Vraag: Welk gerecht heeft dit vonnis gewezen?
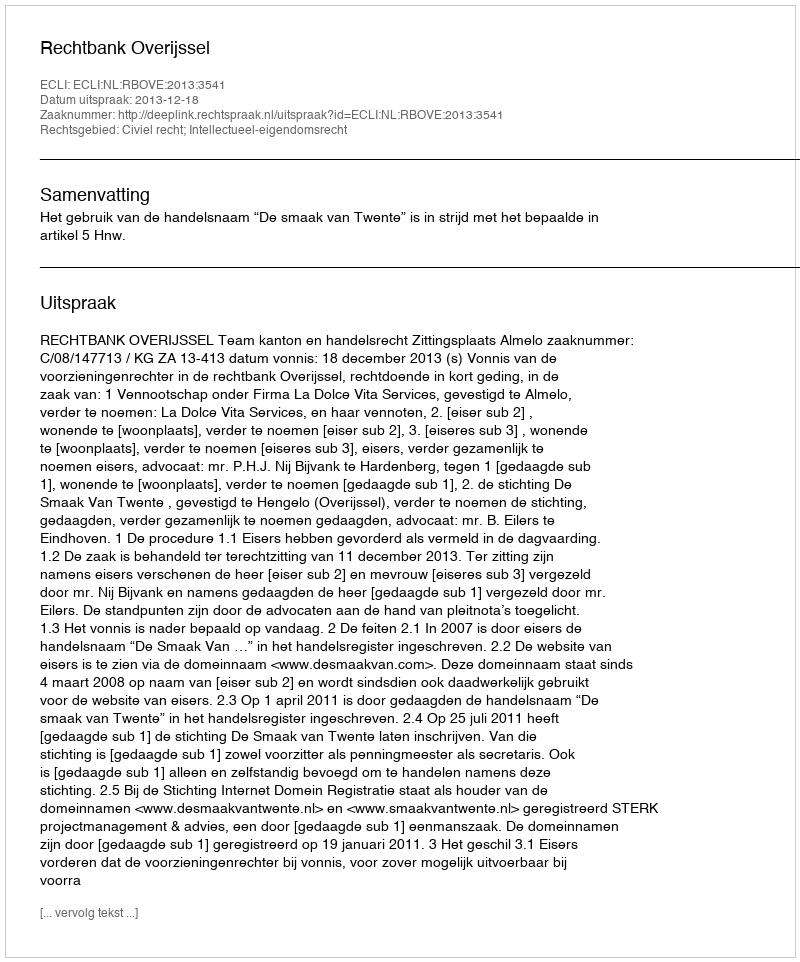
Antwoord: Rechtbank Overijssel